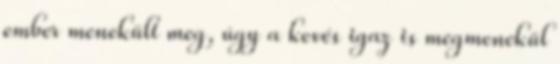
ember menekült meg, úgy a kevés igaz is megmenekül